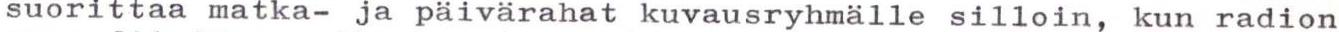
suorittaa matka- ja päivärahat kuvausryhmälle silloin, kun radion